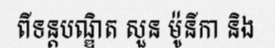
ពីទន្តបណ្ឌិត សួន ម៉ូនីកា និង